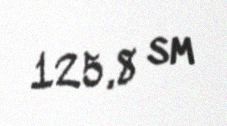
125,8 sm